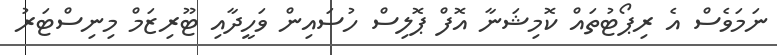
ނަމަވެސް އެ ރިޕޯޓުތައް ކޮމިޝަނާ އޮފް ޕޮލިސް ހުސައިން ވަހީދާއި ޓޫރިޒަމް މިނިސްޓަރު